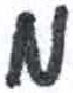
אות: מ